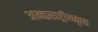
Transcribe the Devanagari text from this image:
अन्तराष्ट्रीयकृत